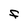
Character: F